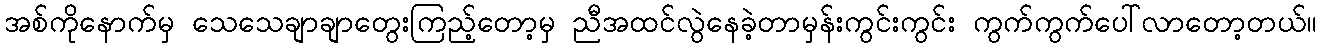
အစ်ကိုနောက်မှ သေသေချာချာတွေးကြည့်တော့မှ ညီအထင်လွဲနေခဲ့တာမှန်းကွင်းကွင်း ကွက်ကွက်ပေါ်လာတော့တယ်။